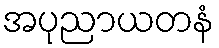
အပုညာယတနံ